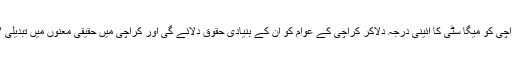
پاسبان کراچی کو میگا سٹی کا آئینی درجہ دلاکر کراچی کے عوام کو ان کے بنیادی حقوق دلائے گی اور کراچی میں حقیقی معنوں میں تبدیلی لائے گی ۔